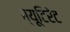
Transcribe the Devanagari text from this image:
ब्यूटिरेट